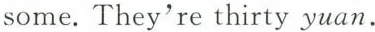
some. They're thirty yuan.